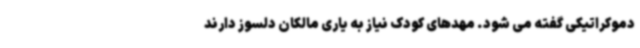
دموکراتیکی گفته می شود. مهدهای کودک نیاز به یاری مالکان دلسوز دارند